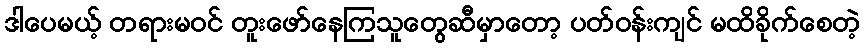
ဒါပေမယ့် တရားမဝင် တူးဖော်နေကြသူတွေဆီမှာတော့ ပတ်ဝန်းကျင် မထိခိုက်စေတဲ့